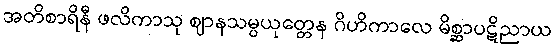
အတိစာရိနီ ဖလိကာသု ဈာနသမ္ပယုတ္တေန ဂိဟိကာလေ မိစ္ဆာပဋိညာယ